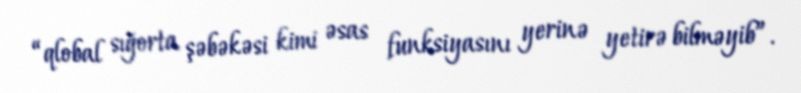
“qlobal sığorta şəbəkəsi kimi əsas funksiyasını yerinə yetirə bilməyib”.